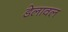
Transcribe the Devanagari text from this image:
डेलावल